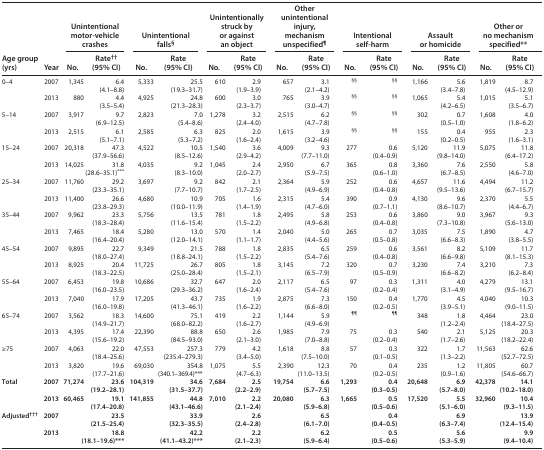
<table><thead><tr><td rowspan="2"><b>Age group (yrs)</b></td><td rowspan="2"><b>Year</b></td><td colspan="2"><b>Unintentional motor-vehicle crashes</b></td><td colspan="2"><b>Unintentional falls<sup>§</sup></b></td><td colspan="2"><b>Unintentionally struck by or against an object</b></td><td colspan="2"><b>Other unintentional injury, mechanism unspecified<sup>¶</sup></b></td><td colspan="2"><b>Intentional self-harm</b></td><td colspan="2"><b>Assault or homicide</b></td><td colspan="2"><b>Other or no mechanism specified**</b></td></tr><tr><td><b>No.</b></td><td><b>Rate<sup>††</sup> (95% CI)</b></td><td><b>No.</b></td><td><b>Rate (95% CI)</b></td><td><b>No.</b></td><td><b>Rate (95% CI)</b></td><td><b>No.</b></td><td><b>Rate (95% CI)</b></td><td><b>No.</b></td><td><b>Rate (95% CI)</b></td><td><b>No.</b></td><td><b>Rate (95% CI)</b></td><td><b>No.</b></td><td><b>Rate (95% CI)</b></td></tr></thead><tbody><tr><td rowspan="2">0–4</td><td>2007</td><td>1,345</td><td>6.4 (4.1–8.8)</td><td>5,333</td><td>25.5 (19.3–31.7)</td><td>610</td><td>2.9 (1.9–3.9)</td><td>657</td><td>3.1 (2.1–4.2)</td><td><sup>§§</sup></td><td><sup>§§</sup></td><td>1,166</td><td>5.6 (3.4–7.8)</td><td>1,819</td><td>8.7 (4.5–12.9)</td></tr><tr><td>2013</td><td>880</td><td>4.4 (3.5–5.4)</td><td>4,925</td><td>24.8 (21.3–28.3)</td><td>600</td><td>3.0 (2.3–3.7)</td><td>765</td><td>3.9 (3.0–4.7)</td><td><sup>§§</sup></td><td><sup>§§</sup></td><td>1,065</td><td>5.4 (4.2–6.5)</td><td>1,015</td><td>5.1 (3.5–6.7)</td></tr><tr><td rowspan="2">5–14</td><td>2007</td><td>3,917</td><td>9.7 (6.9–12.5)</td><td>2,823</td><td>7.0 (5.4–8.6)</td><td>1,278</td><td>3.2 (2.4–4.0)</td><td>2,515</td><td>6.2 (4.7–7.8)</td><td><sup>§§</sup></td><td><sup>§§</sup></td><td>302</td><td>0.7 (0.5–1.0)</td><td>1,608</td><td>4.0 (1.8–6.2)</td></tr><tr><td>2013</td><td>2,515</td><td>6.1 (5.1–7.1)</td><td>2,585</td><td>6.3 (5.3–7.2)</td><td>825</td><td>2.0 (1.6–2.4)</td><td>1,615</td><td>3.9 (3.2–4.6)</td><td><sup>§§</sup></td><td><sup>§§</sup></td><td>155</td><td>0.4 (0.2–0.5)</td><td>955</td><td>2.3 (1.6–3.1)</td></tr><tr><td rowspan="2">15–24</td><td>2007</td><td>20,318</td><td>47.3 (37.9–56.6)</td><td>4,522</td><td>10.5 (8.5–12.6)</td><td>1,540</td><td>3.6 (2.9–4.2)</td><td>4,009</td><td>9.3 (7.7–11.0)</td><td>277</td><td>0.6 (0.4–0.9)</td><td>5,120</td><td>11.9 (9.8–14.0)</td><td>5,075</td><td>11.8 (6.4–17.2)</td></tr><tr><td>2013</td><td>14,025</td><td>31.8 (28.6–35.1)<sup>***</sup></td><td>4,035</td><td>9.2 (8.3–10.0)</td><td>1,045</td><td>2.4 (2.0–2.7)</td><td>2,950</td><td>6.7 (5.9–7.5)</td><td>365</td><td>0.8 (0.6–1.0)</td><td>3,360</td><td>7.6 (6.7–8.5)</td><td>2,550</td><td>5.8 (4.6–7.0)</td></tr><tr><td rowspan="2">25–34</td><td>2007</td><td>11,760</td><td>29.2 (23.3–35.1)</td><td>3,697</td><td>9.2 (7.7–10.7)</td><td>842</td><td>2.1 (1.7–2.5)</td><td>2,364</td><td>5.9 (4.9–6.9)</td><td>252</td><td>0.6 (0.4–0.8)</td><td>4,657</td><td>11.6 (9.5–13.6)</td><td>4,494</td><td>11.2 (6.7–15.7)</td></tr><tr><td>2013</td><td>11,400</td><td>26.6 (23.8–29.3)</td><td>4,680</td><td>10.9 (10.0–11.9)</td><td>705</td><td>1.6 (1.4–1.9)</td><td>2,315</td><td>5.4 (4.7–6.0)</td><td>390</td><td>0.9 (0.7–1.1)</td><td>4,130</td><td>9.6 (8.6–10.7)</td><td>2,370</td><td>5.5 (4.4–6.7)</td></tr><tr><td rowspan="2">35–44</td><td>2007</td><td>9,962</td><td>23.3 (18.3–28.4)</td><td>5,756</td><td>13.5 (11.6–15.4)</td><td>781</td><td>1.8 (1.5–2.2)</td><td>2,495</td><td>5.8 (4.9–6.8)</td><td>253</td><td>0.6 (0.4–0.8)</td><td>3,860</td><td>9.0 (7.3–10.8)</td><td>3,967</td><td>9.3 (5.6–13.0)</td></tr><tr><td>2013</td><td>7,465</td><td>18.4 (16.4–20.4)</td><td>5,280</td><td>13.0 (12.0–14.1)</td><td>570</td><td>1.4 (1.1–1.7)</td><td>2,040</td><td>5.0 (4.4–5.6)</td><td>265</td><td>0.7 (0.5–0.8)</td><td>3,035</td><td>7.5 (6.6–8.3)</td><td>1,890</td><td>4.7 (3.8–5.5)</td></tr><tr><td rowspan="2">45–54</td><td>2007</td><td>9,895</td><td>22.7 (18.0–27.4)</td><td>9,349</td><td>21.5 (18.8–24.1)</td><td>788</td><td>1.8 (1.5–2.2)</td><td>2,835</td><td>6.5 (5.4–7.6)</td><td>259</td><td>0.6 (0.4–0.8)</td><td>3,561</td><td>8.2 (6.6–9.8)</td><td>5,109</td><td>11.7 (8.1–15.3)</td></tr><tr><td>2013</td><td>8,925</td><td>20.4 (18.3–22.5)</td><td>11,725</td><td>26.7 (25.0–28.4)</td><td>805</td><td>1.8 (1.5–2.1)</td><td>3,145</td><td>7.2 (6.5–7.9)</td><td>320</td><td>0.7 (0.5–0.9)</td><td>3,230</td><td>7.4 (6.6–8.2)</td><td>3,210</td><td>7.3 (6.2–8.4)</td></tr><tr><td rowspan="2">55–64</td><td>2007</td><td>6,453</td><td>19.8 (16.0–23.5)</td><td>10,686</td><td>32.7 (29.3–36.2)</td><td>647</td><td>2.0 (1.6–2.4)</td><td>2,117</td><td>6.5 (5.4–7.6)</td><td>97</td><td>0.3 (0.2–0.4)</td><td>1,311</td><td>4.0 (3.1–4.9)</td><td>4,279</td><td>13.1 (9.5–16.7)</td></tr><tr><td>2013</td><td>7,040</td><td>17.9 (16.0–19.8)</td><td>17,205</td><td>43.7 (41.3–46.1)</td><td>735</td><td>1.9 (1.6–2.2)</td><td>2,875</td><td>7.3 (6.6–8.0)</td><td>150</td><td>0.4 (0.2–0.5)</td><td>1,770</td><td>4.5 (3.9–5.1)</td><td>4,040</td><td>10.3 (9.0–11.5)</td></tr><tr><td rowspan="2">65–74</td><td>2007</td><td>3,562</td><td>18.3 (14.9–21.7)</td><td>14,600</td><td>75.1 (68.0–82.2)</td><td>419</td><td>2.2 (1.6–2.7)</td><td>1,144</td><td>5.9 (4.9–6.9)</td><td><sup>¶¶</sup></td><td><sup>¶¶</sup></td><td>348</td><td>1.8 (1.2–2.4)</td><td>4,464</td><td>23.0 (18.4–27.5)</td></tr><tr><td>2013</td><td>4,395</td><td>17.4 (15.6–19.2)</td><td>22,390</td><td>88.8 (84.5–93.0)</td><td>650</td><td>2.6 (2.1–3.0)</td><td>1,985</td><td>7.9 (7.0–8.8)</td><td>75</td><td>0.3 (0.2–0.4)</td><td>540</td><td>2.1 (1.7–2.6)</td><td>5,125</td><td>20.3 (18.2–22.4)</td></tr><tr><td rowspan="2">≥75</td><td>2007</td><td>4,063</td><td>22.0 (18.4–25.6)</td><td>47,553</td><td>257.3 (235.4–279.3)</td><td>779</td><td>4.2 (3.4–5.0)</td><td>1,618</td><td>8.8 (7.5–10.0)</td><td>57</td><td>0.3 (0.1–0.5)</td><td>322</td><td>1.7 (1.3–2.2)</td><td>11,563</td><td>62.6 (52.7–72.5)</td></tr><tr><td>2013</td><td>3,820</td><td>19.6 (17.7–21.6)</td><td>69,030</td><td>354.8 (340.1–369.4)***</td><td>1,075</td><td>5.5 (4.7–6.3)</td><td>2,390</td><td>12.3 (11.0–13.5)</td><td>70</td><td>0.4 (0.2–0.5)</td><td>235</td><td>1.2 (0.9–1.6)</td><td>11,805</td><td>60.7 (54.6–66.7)</td></tr><tr><td rowspan="2"><b>Total</b></td><td><b>2007</b></td><td><b>71,274</b></td><td><b>23.6 (19.2–28.1)</b></td><td><b>104,319</b></td><td><b>34.6 (31.5–37.7)</b></td><td><b>7,684</b></td><td><b>2.5 (2.2–2.9)</b></td><td><b>19,754</b></td><td><b>6.6 (5.7–7.5)</b></td><td><b>1,293</b></td><td><b>0.4 (0.3–0.5)</b></td><td><b>20,648</b></td><td><b>6.9 (5.7–8.0)</b></td><td><b>42,378</b></td><td><b>14.1 (10.2–18.0)</b></td></tr><tr><td><b>2013</b></td><td><b>60,465</b></td><td><b>19.1 (17.4–20.8)</b></td><td><b>141,855</b></td><td><b>44.8 (43.1–46.6)</b></td><td><b>7,010</b></td><td><b>2.2 (2.1–2.4)</b></td><td><b>20,080</b></td><td><b>6.3 (5.9–6.8)</b></td><td><b>1,665</b></td><td><b>0.5 (0.5–0.6)</b></td><td><b>17,520</b></td><td><b>5.5 (5.1–6.0)</b></td><td><b>32,960</b></td><td><b>10.4 (9.3–11.5)</b></td></tr><tr><td rowspan="2"><b>Adjusted<sup>†††</sup></b></td><td><b>2007</b></td><td colspan="2"><b>23.5 (21.5–25.4)</b></td><td colspan="2"><b>33.9 (32.3–35.5)</b></td><td colspan="2"><b>2.6 (2.4–2.8)</b></td><td colspan="2"><b>6.5 (6.1–7.0)</b></td><td colspan="2"><b>0.4 (0.4–0.5)</b></td><td></td><td><b>6.9 (6.3–7.4)</b></td><td colspan="2"><b>13.9 (12.4–15.4)</b></td></tr><tr><td><b>2013</b></td><td colspan="2"><b>18.8 (18.1–19.6)***</b></td><td colspan="2"><b>42.2 (41.1–43.2)***</b></td><td colspan="2"><b>2.2 (2.1–2.3)</b></td><td colspan="2"><b>6.2 (5.9–6.4)</b></td><td colspan="2"><b>0.5 (0.5–0.6)</b></td><td colspan="2"><b>5.6 (5.3–5.9)</b></td><td colspan="2"><b>9.9 (9.4–10.4)</b></td></tr></tbody></table>